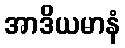
အာဒိယမာနံ